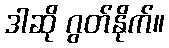
ဒါဆို ဂွတ်နိုက်။